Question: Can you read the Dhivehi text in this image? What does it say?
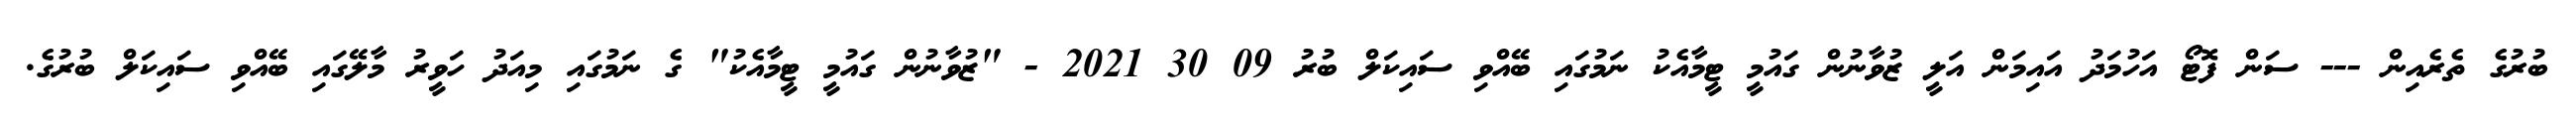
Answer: ބުރުގެ ތެރެއިން --- ސަން ފޮޓޯ އަހުމަދު އައިމަން އަލީ ޒުވާނުން ގައުމީ ޓީމާއެކު ނަމުގައި ބޭއްވި ސައިކަލް ބުރު 09 30 2021 - "ޒުވާނުން ގައުމީ ޓީމާއެކު" ގެ ނަމުގައި މިއަދު ހަވީރު މާލޭގައި ބޭއްވި ސައިކަލް ބުރުގެ.